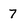
Character: 7